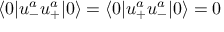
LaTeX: \langle 0 | u _ { - } ^ { a } u _ { + } ^ { a } | 0 \rangle = \langle 0 | u _ { + } ^ { a } u _ { - } ^ { a } | 0 \rangle = 0